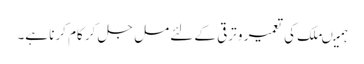
ہمیںملک کی تعمیر و ترقی کے لئے مل جل کر کام کرنا ہے۔